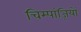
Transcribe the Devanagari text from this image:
चिम्पांज़ियों